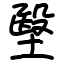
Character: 㙠